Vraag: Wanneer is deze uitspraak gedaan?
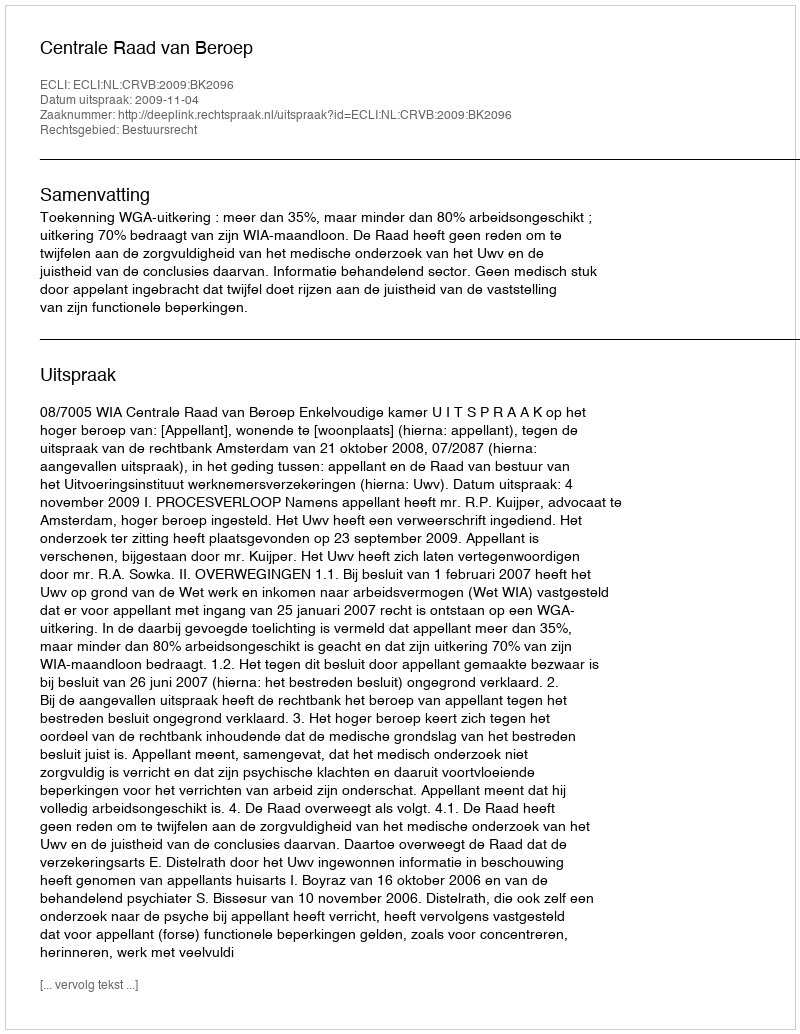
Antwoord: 2009-11-04